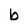
Character: b